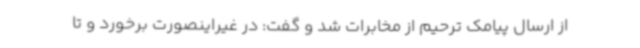
از ارسال پیامک ترحیم از مخابرات شد و گفت: در غیراینصورت برخورد و تا